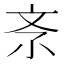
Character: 𣁃